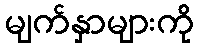
မျက်နှာများကို